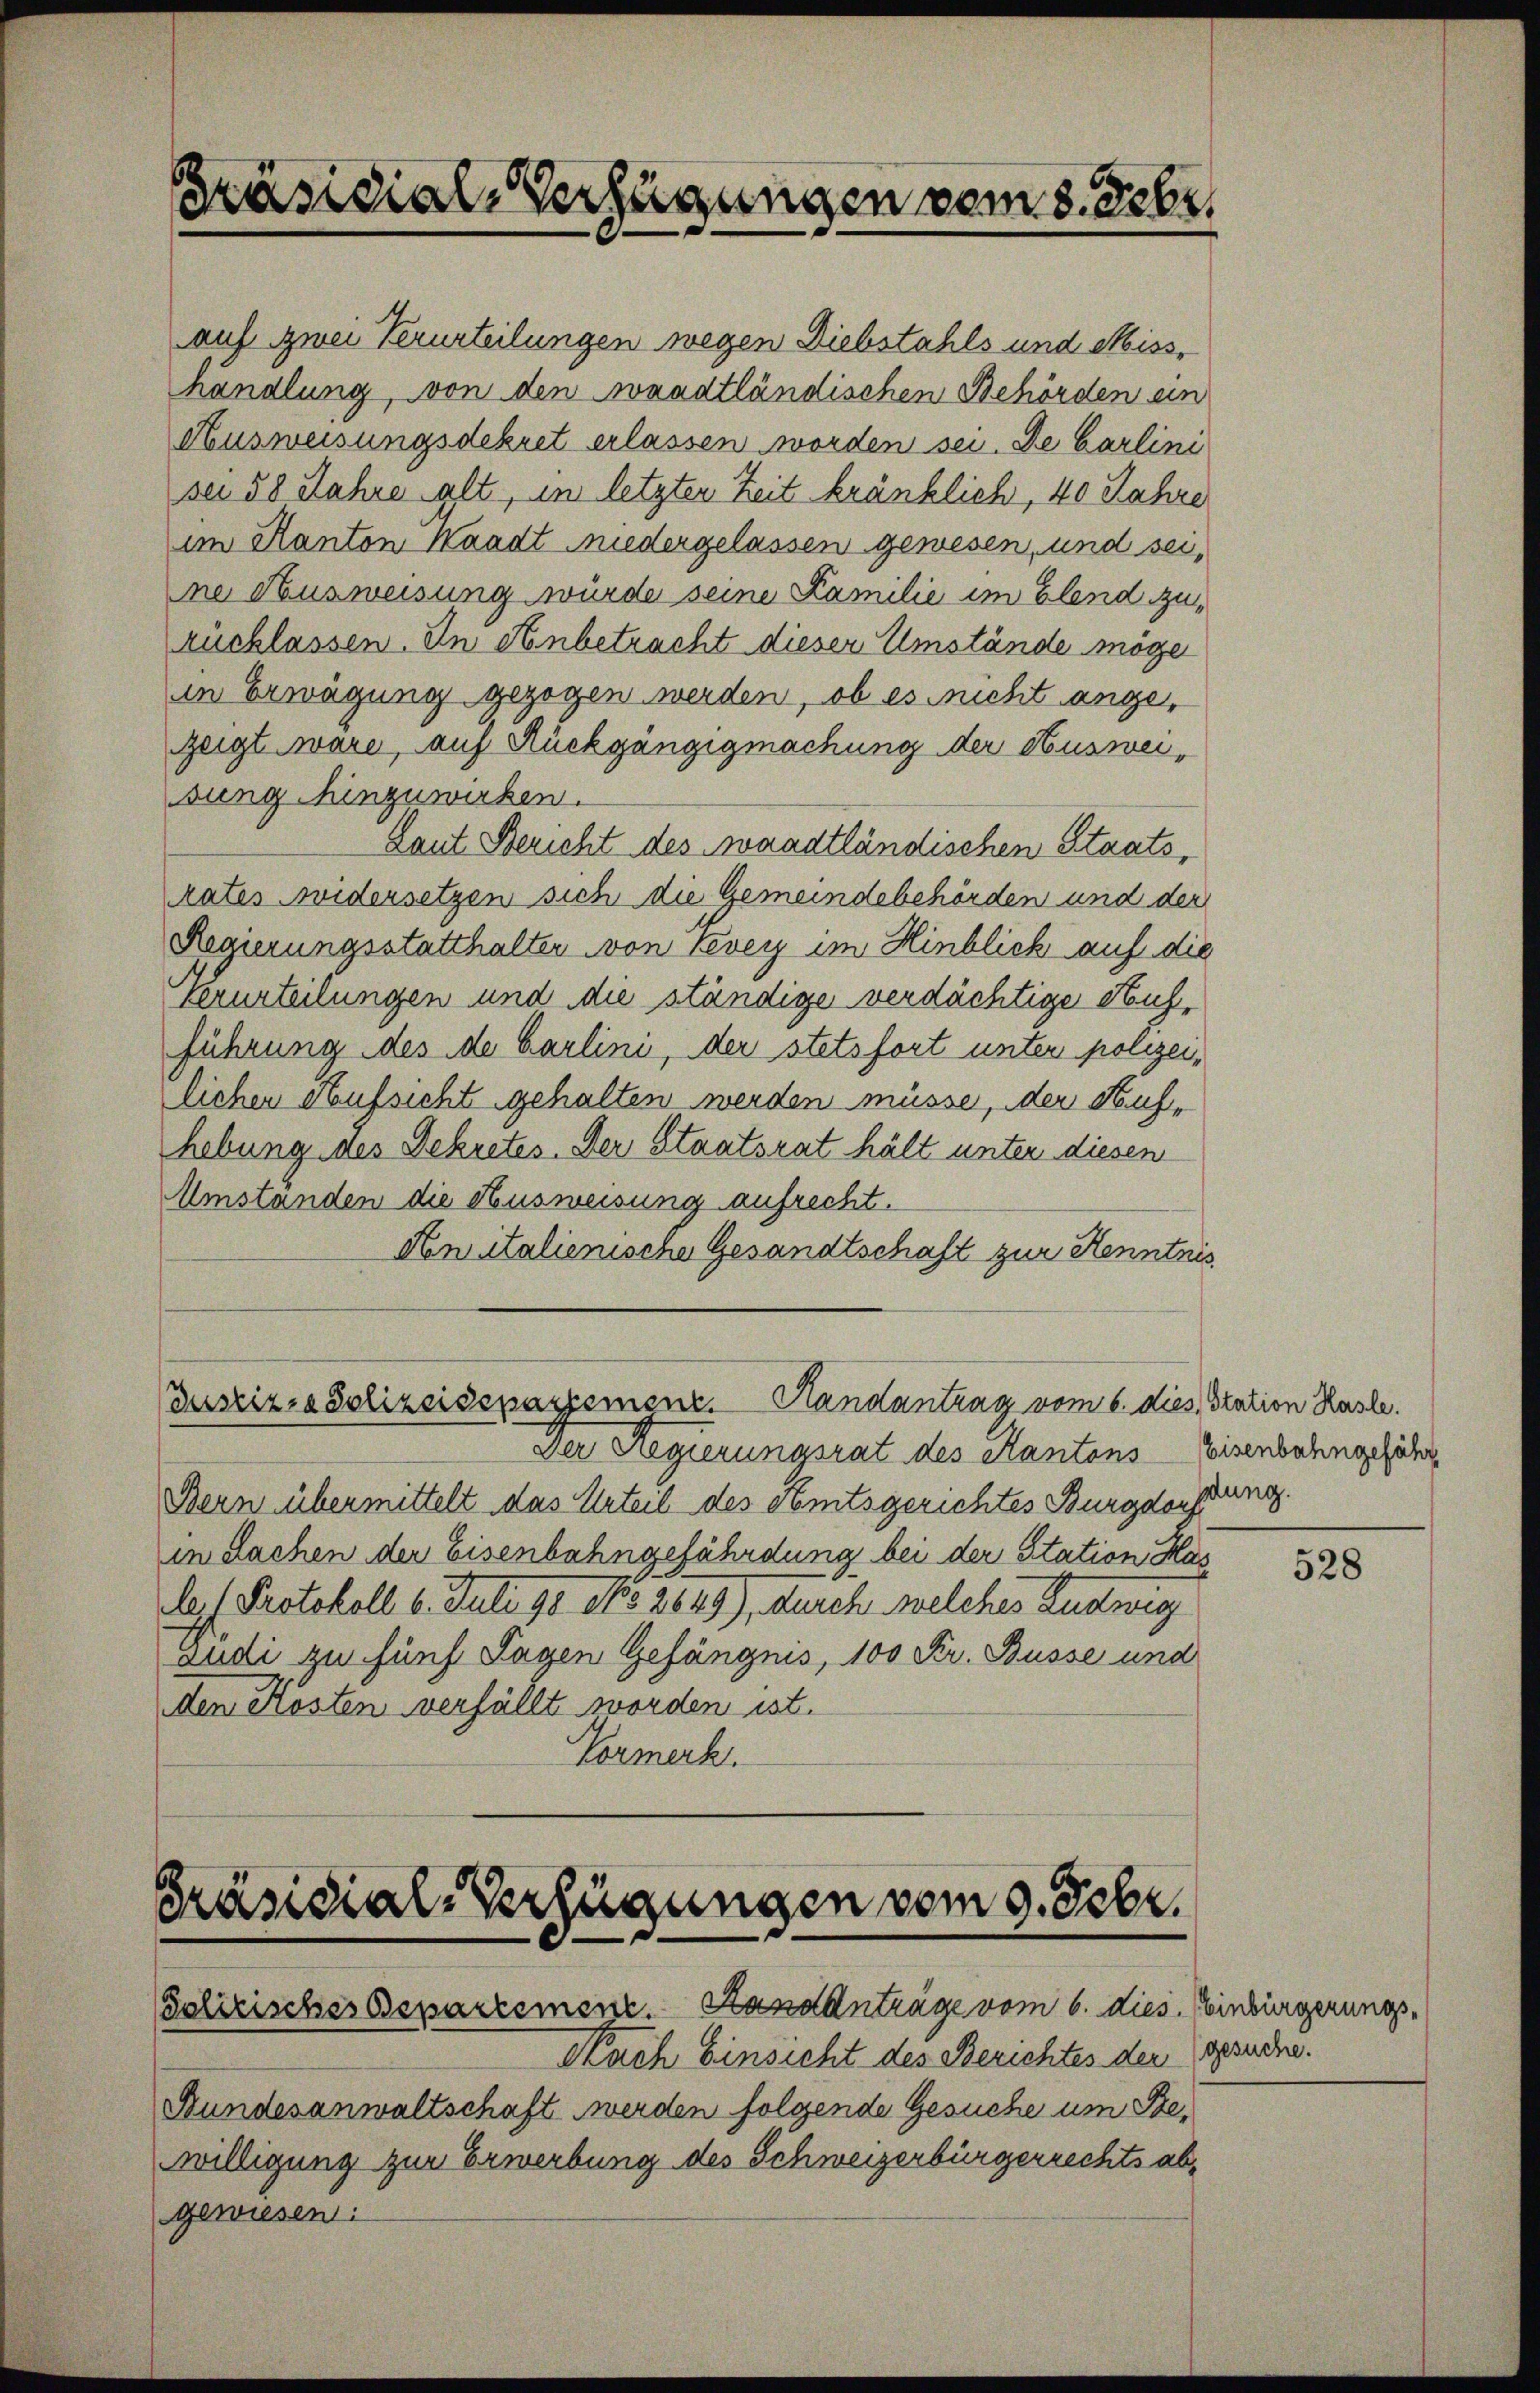
Präsidial-Verfügungen vom 8. Febr.

auf zwei Verurteilungen wegen Diebstahls und Misshandlung, von den sonadtländischen Behörden ein
Ausweisungsdekret erlassen worden sei. De Carlini
se 58 Jahre alt, in letzten Zeit kränklich, 40 Jahre
an Kanton Waadt niedergelassen gewesen, und sei,
ne Ausweisung wurde seine Kamilie im Elend zurücklassen. In Anbetracht dieser Umstände möge
in Erwägung gezogen werden, ob es nicht angezeigt wäre, auf Rückgängigmachung der Ausweisung hinzuwirken.
Laut Bericht des Waadtländischen Staats,
rates widersetzen sich die Gemeindebehörden und der
Regierungsstatthalter von Vevey im Hinblick auf die
Verurteilungen und die ständige verdächtige Hufführung des de Carlini, der stetsfort unter polizeilichen Aufsicht gehalten werden müsse, der Hufhebung des Dekretes. Der Staatsrat hält unter diesen
Umständen die Ausweisung aufrecht.
Anitalienische Gesandtschaft zur Kenntnis

Jaszira Polizeisspageigne. Randantrag vom 6. dies Station Kasle.

Präsidial-Verfügungen vom 9. Febr.
elirisches Departement. Handanträge vom 6. dies. Einbürgerungs¬

Der Regierungsrat des Kantons Eisenbahngeführ
Bern übermittelt das Urteil des Semtsgerichtes Burgdorfung.
in Sachen der Eisenbahngefährdung bei der Station Has
loph Protokoll 6. Juli 1908 No 2649), durch welches Ludwig
audi zu fünf Lagen Gefängnis, 100 Fr. Busse und
den Kosten verfällt worden ist.
Vormerk.

Nach Einsicht des Berichtes der gesuche.
Bundesanwaltschaft werden folgende Gesuche um Bewilligung zur Erwerbung des Schweizerbürgerrechts abgewiesen:

528